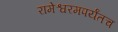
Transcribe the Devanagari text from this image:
रामेश्वरमपर्यंतच